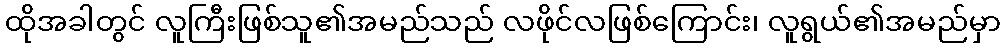
ထိုအခါတွင် လူကြီးဖြစ်သူ၏အမည်သည် လဖိုင်လဖြစ်ကြောင်း၊ လူရွယ်၏အမည်မှာ